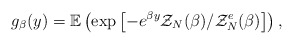
\begin{align*} g_\beta(y) = \mathbb{E}\left(\exp\left[ - e^{\beta y} \mathcal{Z}_{N}(\beta)/\mathcal{Z}^{e}_{N}(\beta)\right]\right),\end{align*}